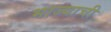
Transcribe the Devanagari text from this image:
भाज्याची